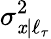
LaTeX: \sigma_{\mathit{x}|\ell_{\tau}}^{2}